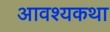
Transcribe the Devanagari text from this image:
आवश्यकथा